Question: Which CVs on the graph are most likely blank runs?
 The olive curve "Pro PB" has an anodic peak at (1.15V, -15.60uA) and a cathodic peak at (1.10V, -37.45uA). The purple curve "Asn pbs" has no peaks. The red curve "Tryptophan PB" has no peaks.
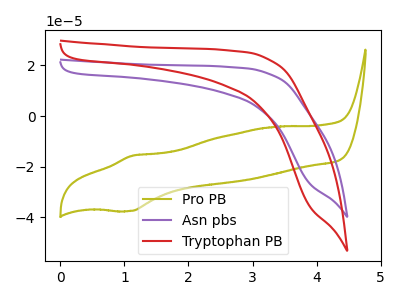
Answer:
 <answer>"Asn pbs" and "Tryptophan PB" are likely to be blanks.</answer>
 <eval>"Asn pbs", "Tryptophan PB"</eval>